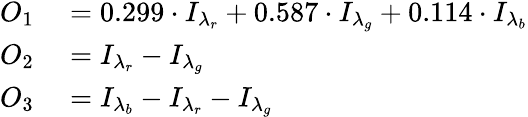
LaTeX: \begin{array}{rl}{O_{1}}&{{}=0.299\cdot I_{\lambda_{r}}+0.587\cdot I_{\lambda_{g}}+0.114\cdot I_{\lambda_{b}}}\\ {O_{2}}&{{}=I_{\lambda_{r}}-I_{\lambda_{g}}}\\ {O_{3}}&{{}=I_{\lambda_{b}}-I_{\lambda_{r}}-I_{\lambda_{g}}}\end{array}